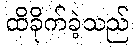
ထိခိုက်ခဲ့သည်